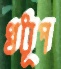
খধূপ